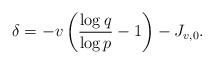
LaTeX: \begin{align*}\delta = - v \left( \frac{\log q}{\log p} -1 \right) - J_{v,0}.\end{align*}